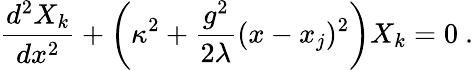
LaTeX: {\frac{d^{2}X_{k}}{dx^{2}}}+\left(\kappa^{2}+{\frac{g^{2}}{2\lambda}}(x-x_{j})^{2}\right)X_{k}=0\ .